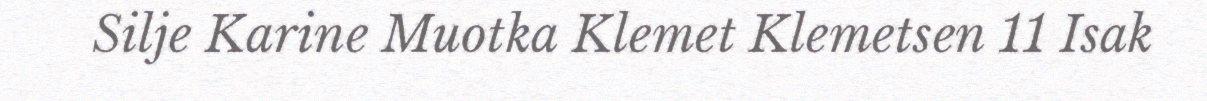
Silje Karine Muotka Klemet Klemetsen 11 Isak